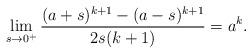
LaTeX: \begin{align*} \lim_{s\to 0^+} \frac{(a+s)^{k+1}-(a-s)^{k+1}}{2s (k+1)} = a^k.\end{align*}